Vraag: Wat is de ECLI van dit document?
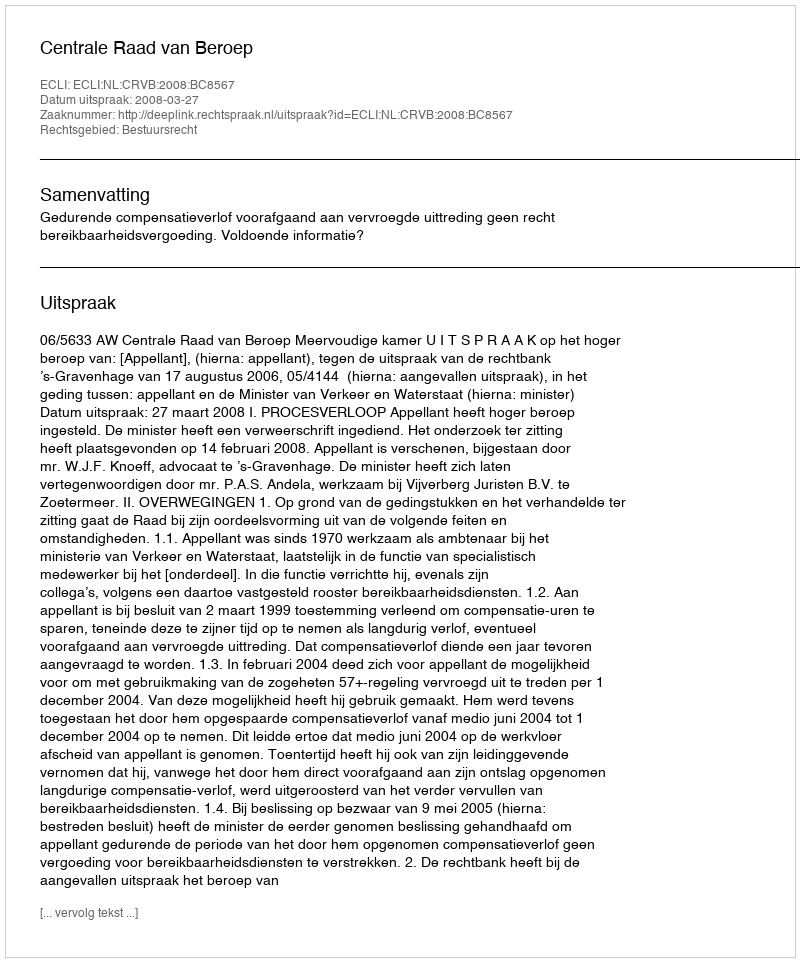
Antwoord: ECLI:NL:CRVB:2008:BC8567